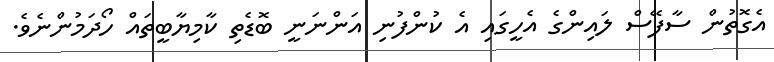
އެގޮތުން ސާފޭސް ލައިންގެ އެހީގައި އެ ކުންފުނިި އަންނަނީ ބޮޑެތި ކާމިޔާބީތައް ހޯދަމުންނެވެ.